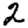
Digit: 2